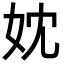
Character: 妉